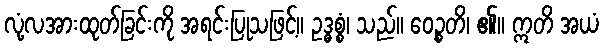
လုံ့လအားထုတ်ခြင်းကို အရင်းပြုသဖြင့်။ ဥဒ္ဓစ္စံ၊ သည်။ ဝေဉ္စတိ၊ ၏။ ဣတိ အယံ